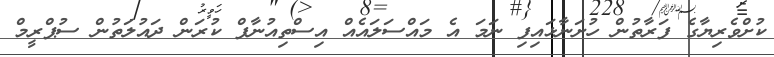
ކުށްވެރިޔާގެ ފަރާތުން ހުށަނާޅައިފި ނަމަ އެ މައްސަލައެއް އިސްތިއުނާފް ކުރަން ދައުލަތުން ސުޕްރީމް